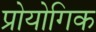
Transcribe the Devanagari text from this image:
प्रोयोगिक